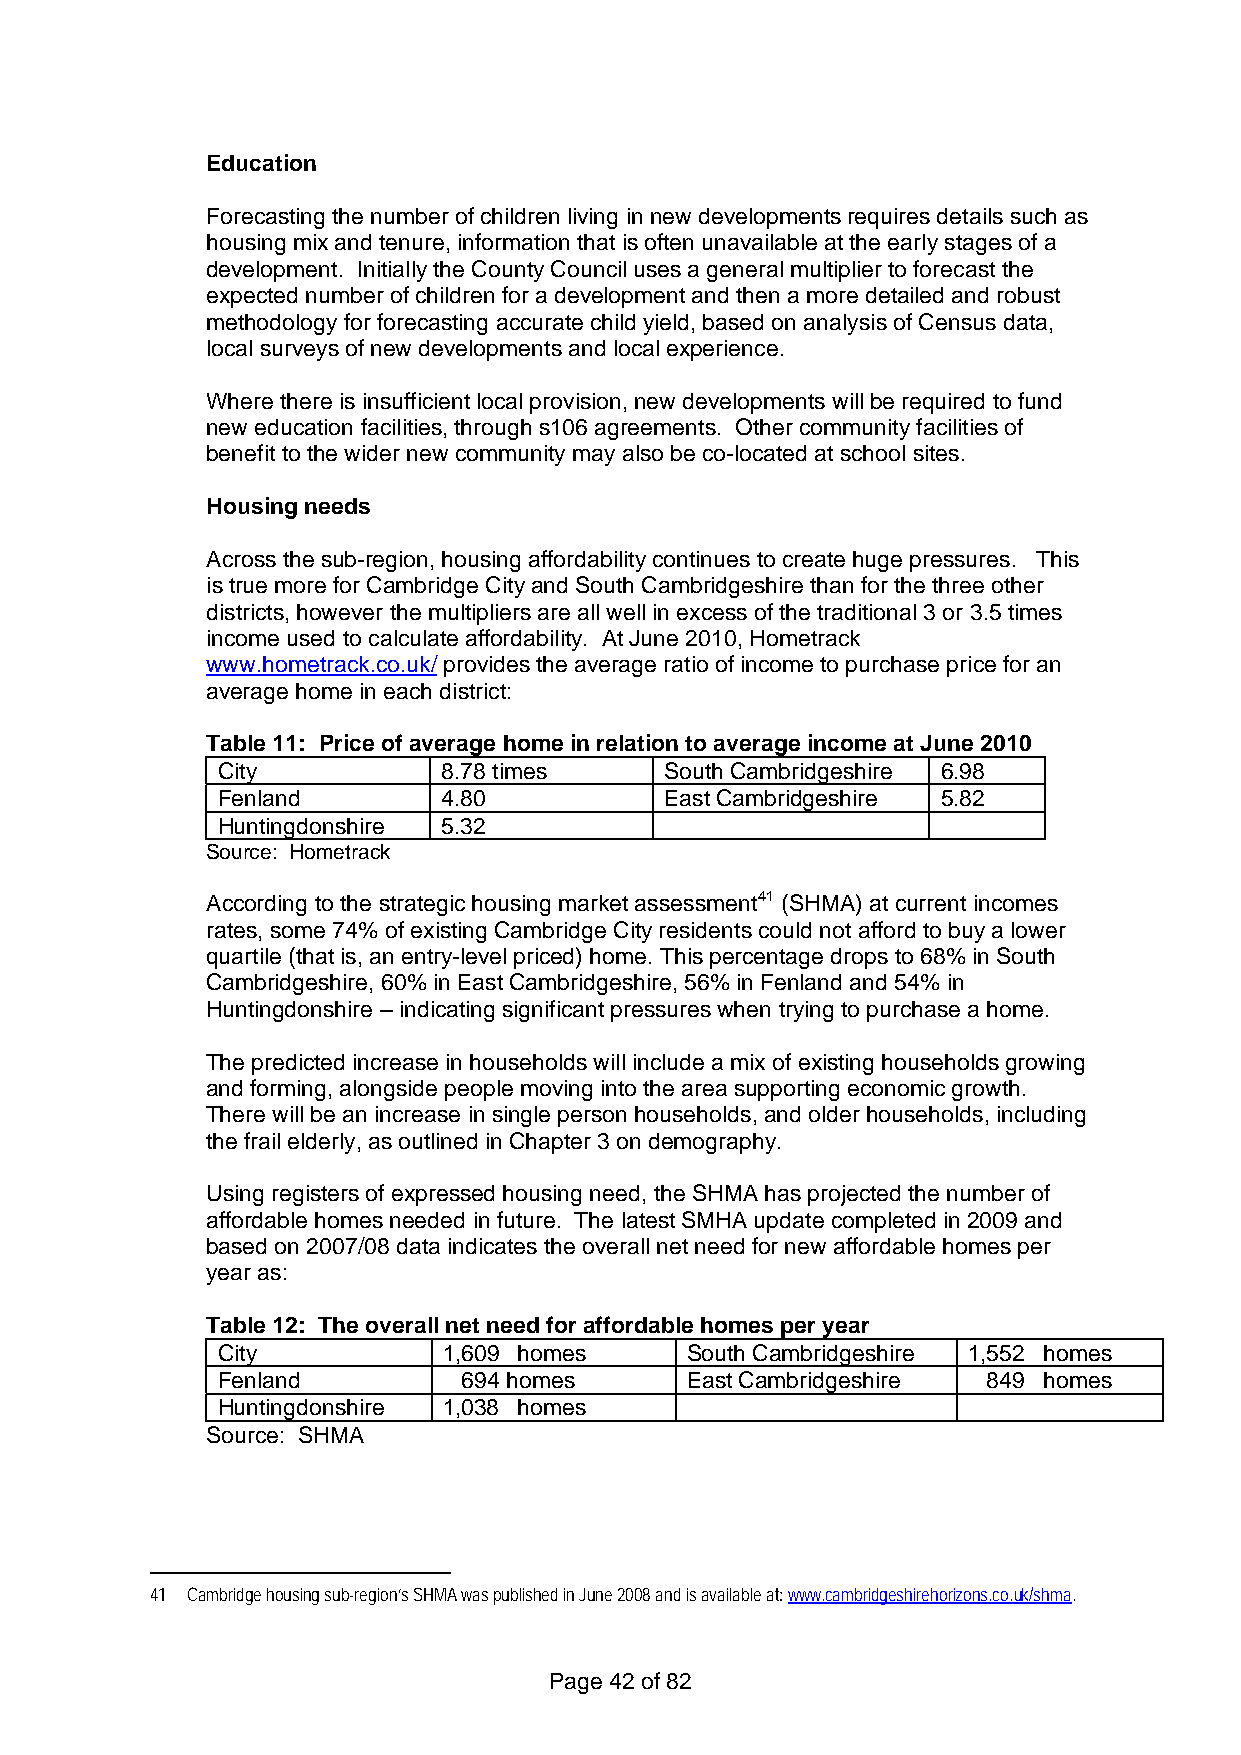
Education
 Forecasting the number of children living in new developments requires details such as
 housing mix and tenure, information that is often unavailable at the early stages of a
 development. Initially the County Council uses a general multiplier to forecast the
 expected number of children for a development and then a more detailed and robust
 methodology for forecasting accurate child yield, based on analysis of Census data,
 local surveys of new developments and local experience.
 Where there is insufficient local provision, new developments will be required to fund
 new education facilities, through s106 agreements. Other community facilities of
 benefit to the wider new community may also be co-located at school sites.
 Housing needs
 Across the sub-region, housing affordability continues to create huge pressures. This
 is true more for Cambridge City and South Cambridgeshire than for the three other
 districts, however the multipliers are all well in excess of the traditional 3 or 3.5 times
 income used to calculate affordability. At June 2010, Hometrack
 www.hometrack.co.uk/ provides the average ratio of income to purchase price for an
 average home in each district:
 Table 11: Price of average home in relation to average income at June 2010
 City           8.78 times     South Cambridgeshire 6.98
 Fenland        4.80           East Cambridgeshire 5.82
 Huntingdonshire 5.32
 Source: Hometrack
 According to the strategic housing market assessment41 (SHMA) at current incomes
 rates, some 74% of existing Cambridge City residents could not afford to buy a lower
 quartile (that is, an entry-level priced) home. This percentage drops to 68% in South
 Cambridgeshire, 60% in East Cambridgeshire, 56% in Fenland and 54% in
 Huntingdonshire – indicating significant pressures when trying to purchase a home.
 The predicted increase in households will include a mix of existing households growing
 and forming, alongside people moving into the area supporting economic growth.
 There will be an increase in single person households, and older households, including
 the frail elderly, as outlined in Chapter 3 on demography.
 Using registers of expressed housing need, the SHMA has projected the number of
 affordable homes needed in future. The latest SMHA update completed in 2009 and
 based on 2007/08 data indicates the overall net need for new affordable homes per
 year as:
 Table 12: The overall net need for affordable homes per year
 City           1,609 homes     South Cambridgeshire 1,552 homes
 Fenland          694 homes     East Cambridgeshire 849 homes
 Huntingdonshire 1,038 homes
 Source: SHMA
 41 Cambridge housing sub-region’s SHMA was published in June 2008 and is available at: www.cambridgeshirehorizons.co.uk/shma.
 Page 42 of 82